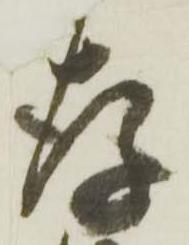
存